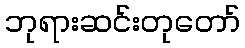
ဘုရားဆင်းတုတော်